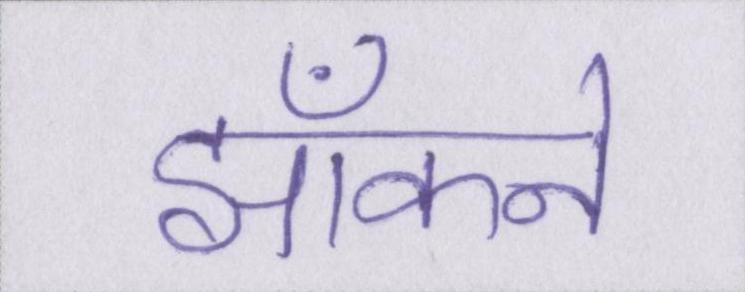
झाँकने